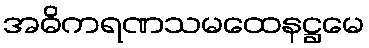
အဓိကရဏသမထေနဋ္ဌမေ